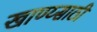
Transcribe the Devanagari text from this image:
खाण्य्साठी